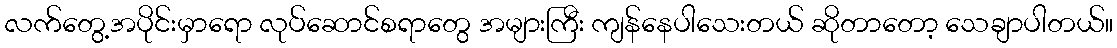
လက်တွေ့အပိုင်းမှာရော လုပ်ဆောင်စရာတွေ အများကြီး ကျန်နေပါသေးတယ် ဆိုတာတော့ သေချာပါတယ်။